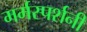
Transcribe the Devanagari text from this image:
मर्मस्पर्शनी